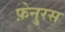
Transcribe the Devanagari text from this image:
फ़ेनुरस